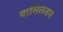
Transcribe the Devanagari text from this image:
बासिलडन